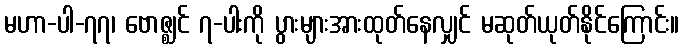
မဟာ-ပါ-၇၇၊ ဗောဇ္ဈင် ၇-ပါးကို ပွားများအားထုတ်နေလျှင် မဆုတ်ယုတ်နိုင်ကြောင်း။